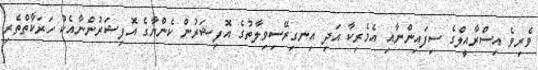
ވެރިވެ އިސްރާއީލްގެ ސިފައިންނާއި އެމެރިކާ އަދި އިނގިރޭސިވިލާތުގެ އޮފިޝަރުން ކެންޔާގެ އޮފިޝަރުންނާއެކު ހަރަކާތްތެރި